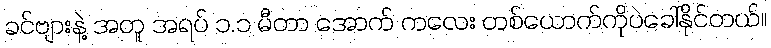
ခင်ဗျားနဲ့ အတူ အရပ် ၁.၁ မီတာ အောက် ကလေး တစ်ယောက်ကိုပဲခေါ်နိုင်တယ်။